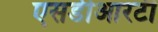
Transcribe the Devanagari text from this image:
एसडीआरटी